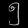
Digit: ၅